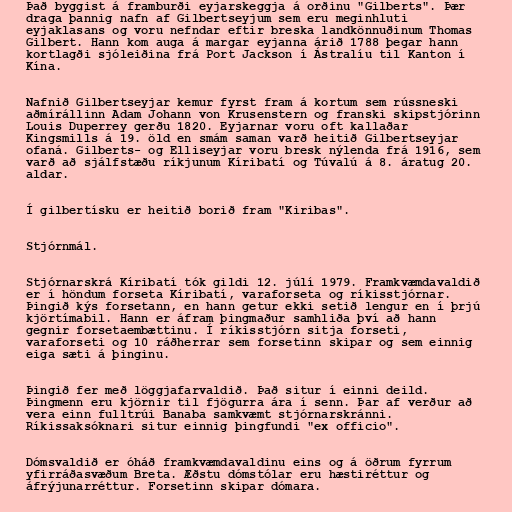
Það byggist á framburði eyjarskeggja á orðinu "Gilberts". Þær
draga þannig nafn af Gilbertseyjum sem eru meginhluti
eyjaklasans og voru nefndar eftir breska landkönnuðinum Thomas
Gilbert. Hann kom auga á margar eyjanna árið 1788 þegar hann
kortlagði sjóleiðina frá Port Jackson í Ástralíu til Kanton í
Kína.

Nafnið Gilbertseyjar kemur fyrst fram á kortum sem rússneski
aðmírállinn Adam Johann von Krusenstern og franski skipstjórinn
Louis Duperrey gerðu 1820. Eyjarnar voru oft kallaðar
Kingsmills á 19. öld en smám saman varð heitið Gilbertseyjar
ofaná. Gilberts- og Elliseyjar voru bresk nýlenda frá 1916, sem
varð að sjálfstæðu ríkjunum Kíribatí og Túvalú á 8. áratug 20.
aldar.

Í gilbertísku er heitið borið fram "Kiribas".

Stjórnmál.

Stjórnarskrá Kíribatí tók gildi 12. júlí 1979. Framkvæmdavaldið
er í höndum forseta Kíribatí, varaforseta og ríkisstjórnar.
Þingið kýs forsetann, en hann getur ekki setið lengur en í þrjú
kjörtímabil. Hann er áfram þingmaður samhliða því að hann
gegnir forsetaembættinu. Í ríkisstjórn sitja forseti,
varaforseti og 10 ráðherrar sem forsetinn skipar og sem einnig
eiga sæti á þinginu.

Þingið fer með löggjafarvaldið. Það situr í einni deild.
Þingmenn eru kjörnir til fjögurra ára í senn. Þar af verður að
vera einn fulltrúi Banaba samkvæmt stjórnarskránni.
Ríkissaksóknari situr einnig þingfundi "ex officio".

Dómsvaldið er óháð framkvæmdavaldinu eins og á öðrum fyrrum
yfirráðasvæðum Breta. Æðstu dómstólar eru hæstiréttur og
áfrýjunarréttur. Forsetinn skipar dómara.